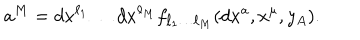
LaTeX: a ^ { M } = d x ^ { \ell _ { 1 } } \dots d x ^ { \ell _ { M } } f _ { \ell _ { 1 } \dots \ell _ { M } } ( d x ^ { a } , x ^ { \mu } , y _ { A } ) .